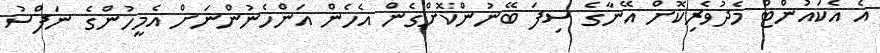
އެ އެކައުންޓް މެދުވެރިކޮށް އޭނާގެ ސިފަ ބޭނުންކޮށްގެން އެހެން އަންހެނުންނަށް އެމީހުންގެ ނަފްސު